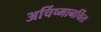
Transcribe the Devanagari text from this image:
अर्चिष्मानर्चितः